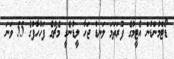
ޑޯޓްމުންޑުން އެޓީމުގެ ފުރަތަމަ ލަނޑު ޖަހާ ލީޑުނެގީ މެޗުގެ ފަހުހާފުގެ 55 ވަނަ